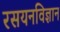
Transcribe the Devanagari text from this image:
रसयनविज्ञान